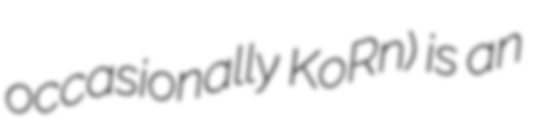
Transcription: occasionally KoRn) is an